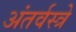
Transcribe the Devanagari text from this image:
अंतर्वस्त्रे